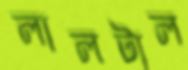
লালটাল